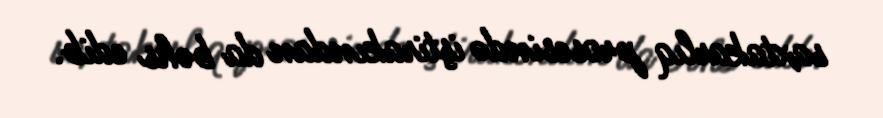
saxtakarlıq prosesində iştirakından da bəhs edib.